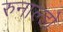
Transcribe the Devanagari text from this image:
रुनाल्डो